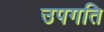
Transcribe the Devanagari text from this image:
उपगति